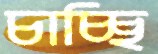
চাচ্ছি